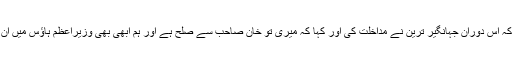
سلیم صافی نے لکھا کہ اس دوران جہانگیر ترین نے مداخلت کی اور کہا کہ میری تو خان صاحب سے صلح ہے اور ہم ابھی بھی وزیراعظم ہاﺅس میں ان سے مل کر آئے ہیں۔